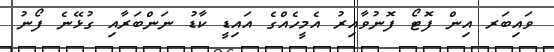
ވައިބަރ އިން ފޮޓޯ ފޮނުވާއިރު އެމީހެއްގެ އައިޑީ ކާޑު ނަންބަރާއި ގުޅޭނެ ފޯނު